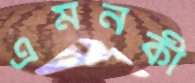
এমনকী